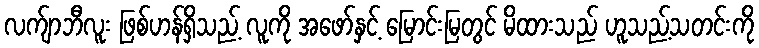
လက်ျာဘီလူး ဖြစ်ဟန်ရှိသည့် လူကို အဖော်နှင့် မြောင်းမြတွင် မိထားသည် ဟူသည့်သတင်းကို